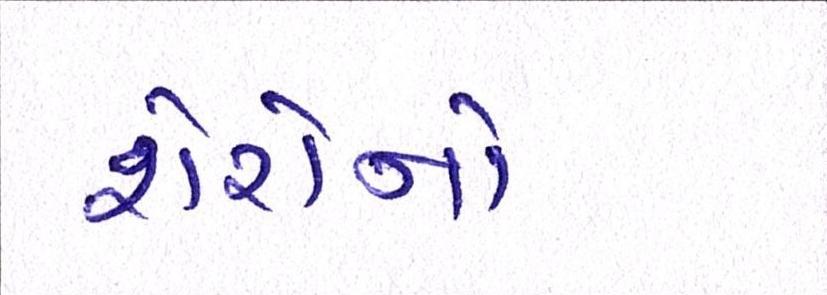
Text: શેરોનો